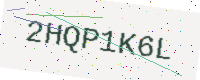
Text: 2HQP1K6L